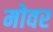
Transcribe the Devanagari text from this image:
मोवर